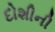
દોશીની